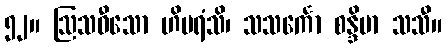
၅၂။ ဩသဓီသော ဟိမရံသိ၊ သသင်္ကော စန္ဒိမာ သသီ။